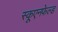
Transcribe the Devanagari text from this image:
स्कूएनफेल्ड